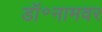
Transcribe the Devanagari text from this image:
डॉ॰नामवर